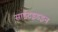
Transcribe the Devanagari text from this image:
साईटइडइन